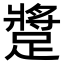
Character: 𨄚